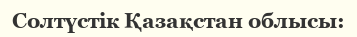
Солтүстік Қазақстан облысы: